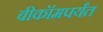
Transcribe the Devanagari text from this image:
बीकॉमपर्यंत